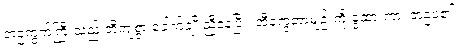
ဘဲဥကွက်ကြီးသည် တိကျစွာ ခေါက်ချိုးညီနေပြီး၊ အီကွေတာမျဉ်းကို ခွထားကာ၊ ဘဲဥပုံ၏